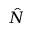
\hat { N }